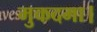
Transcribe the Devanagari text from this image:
मुकदमा।